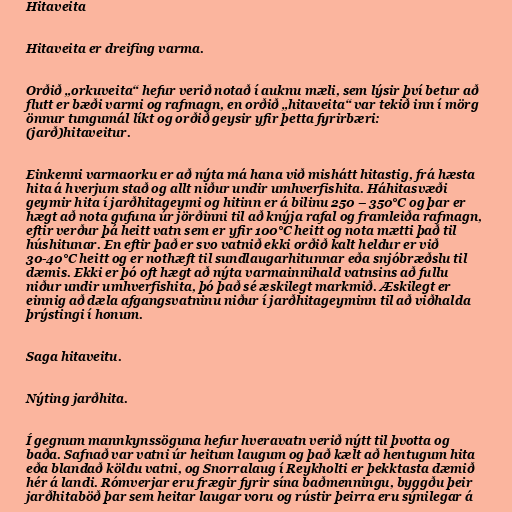
Hitaveita

Hitaveita er dreifing varma.

Orðið „orkuveita“ hefur verið notað í auknu mæli, sem lýsir því betur að
flutt er bæði varmi og rafmagn, en orðið „hitaveita“ var tekið inn í mörg
önnur tungumál líkt og orðið geysir yfir þetta fyrirbæri:
(jarð)hitaveitur.

Einkenni varmaorku er að nýta má hana við mishátt hitastig, frá hæsta
hita á hverjum stað og allt niður undir umhverfishita. Háhitasvæði
geymir hita í jarðhitageymi og hitinn er á bilinu 250 – 350°C og þar er
hægt að nota gufuna úr jörðinni til að knýja rafal og framleiða rafmagn,
eftir verður þá heitt vatn sem er yfir 100°C heitt og nota mætti það til
húshitunar. En eftir það er svo vatnið ekki orðið kalt heldur er við
30-40°C heitt og er nothæft til sundlaugarhitunnar eða snjóbræðslu til
dæmis. Ekki er þó oft hægt að nýta varmainnihald vatnsins að fullu
niður undir umhverfishita, þó það sé æskilegt markmið. Æskilegt er
einnig að dæla afgangsvatninu niður í jarðhitageyminn til að viðhalda
þrýstingi í honum.

Saga hitaveitu.

Nýting jarðhita.

Í gegnum mannkynssöguna hefur hveravatn verið nýtt til þvotta og
baða. Safnað var vatni úr heitum laugum og það kælt að hentugum hita
eða blandað köldu vatni, og Snorralaug í Reykholti er þekktasta dæmið
hér á landi. Rómverjar eru frægir fyrir sína baðmenningu, byggðu þeir
jarðhitaböð þar sem heitar laugar voru og rústir þeirra eru sýnilegar á